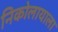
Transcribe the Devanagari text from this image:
निकोलायाला